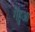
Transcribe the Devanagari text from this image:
गेंहुआ